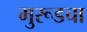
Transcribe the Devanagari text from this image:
मुरूडचा